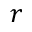
r